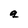
Character: q